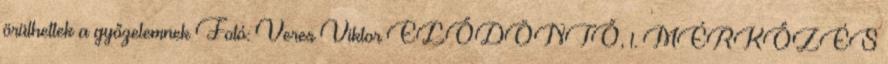
örülhettek a győzelemnek Fotó: Veres Viktor ELŐDÖNTŐ, 1. MÉRKŐZÉS